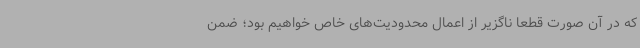
که در آن صورت قطعا ناگزیر از اعمال محدودیت‌های خاص خواهیم بود؛ ضمن